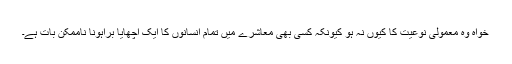
خواہ وہ معمولی نوعیت کا کیوں نہ ہو کیونکہ کسی بھی معاشرے میں تمام انسانوں کا ایک اچھایا براہونا ناممکن بات ہے۔